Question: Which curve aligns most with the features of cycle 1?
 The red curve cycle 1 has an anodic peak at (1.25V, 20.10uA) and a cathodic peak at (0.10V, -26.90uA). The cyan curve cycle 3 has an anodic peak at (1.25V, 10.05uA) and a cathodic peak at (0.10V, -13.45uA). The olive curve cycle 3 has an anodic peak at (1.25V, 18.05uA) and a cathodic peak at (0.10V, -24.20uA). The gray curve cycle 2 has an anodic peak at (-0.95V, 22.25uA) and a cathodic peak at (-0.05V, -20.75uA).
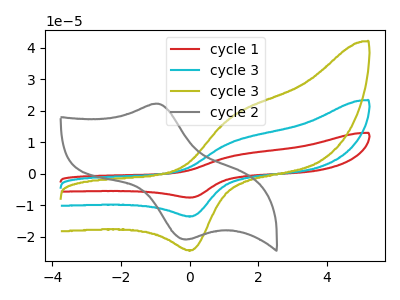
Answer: <think>All the peaks in "cycle 1" have a peak in "cycle 3" at the same potential. Every peak in "cycle 1" is higher than every peak in "cycle 3". All the peaks in "cycle 1" have a peak in "cycle 3" at the same potential. Every peak in "cycle 1" is higher than every peak in "cycle 3". "cycle 1" and "cycle 2" have at least one peak that do not match. All the peaks in "cycle 3" have a peak in "cycle 3" at the same potential. Every peak in "cycle 3" is lower than every peak in "cycle 3". "cycle 3" and "cycle 2" have at least one peak that do not match. "cycle 3" and "cycle 2" have at least one peak that do not match.
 </think>
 <answer>"cycle 1" and "cycle 3" have a similar shape to "cycle 3".</answer>
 <eval>"cycle 1" "cycle 3"</eval>